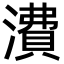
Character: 㵒